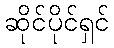
ဆိုင်ပိုင်ရှင်